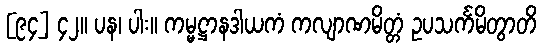
[၉၄] ၄၂။ ပန၊ ပါး။ ကမ္မဋ္ဌာနဒါယကံ ကလျာဏမိတ္တံ ဥပသင်္ကမိတွာတိ